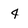
Character: 4